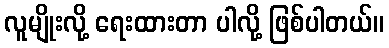
လူမျိုးလို့ ရေးထားတာ ပါလို့ ဖြစ်ပါတယ်။